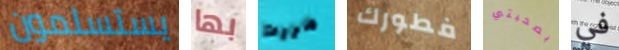
يستسلمون بها مررت فطورك بصحبتي في